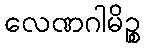
လေဏဂါမိဉ္စ